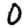
Digit: 0